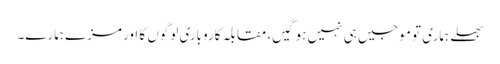
بھلے ہماری تو موجیں ہی نہیں ہوگیں، مقابلہ کاروباری لوگوں کا اور مزے ہمارے۔